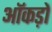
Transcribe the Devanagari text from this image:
ऑकड़ों